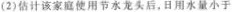
（2）估计该家庭使用节水龙头后，日用水量小于